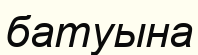
батуына